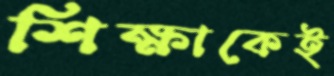
শিক্ষাকেই